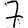
Digit: 7